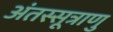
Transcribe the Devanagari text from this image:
अंतस्सूत्राणु